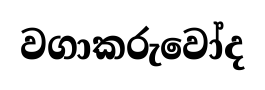
වගාකරුවෝද